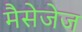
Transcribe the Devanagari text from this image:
मैसेजेज